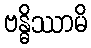
ဗန္ဓိဿာမိ